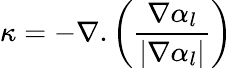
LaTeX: \kappa=-\nabla.\left(\frac{\nabla\alpha_{l}}{\left|\nabla\alpha_{l}\right|}\right)